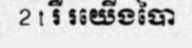
2 t រឺ រយើងបៃា